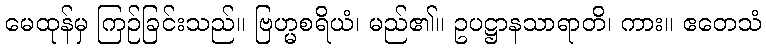
မေထုန်မှ ကြဉ်ခြင်းသည်။ ဗြဟ္မစရိယံ၊ မည်၏။ ဥပဋ္ဌာနသာရာတိ၊ ကား။ ဧတေသံ